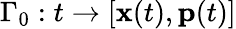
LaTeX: \Gamma_{0}:t\to[\mathbf{x}(t),\mathbf{p}(t)]